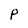
Character: P